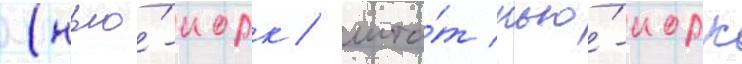
(нью́-иорк / шта́т нью́-иорк